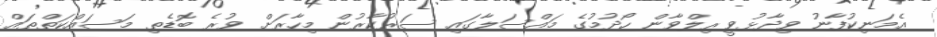
އެމަނިކުފާނު ވިދާޅުވީ ރިލްވާން ހޯދުމުގެ މައްސަލާގައި ސަރުކާރުން މިހާރަށް ވުރެ ބޮޑެތި މަސައްކަތްތައް